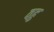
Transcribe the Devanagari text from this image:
वहु